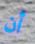
أن